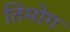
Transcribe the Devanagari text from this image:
तिमोग